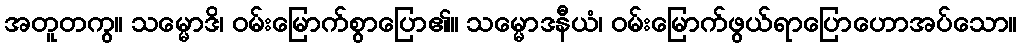
အတူတကွ။ သမ္မောဒိ၊ ဝမ်းမြောက်စွာပြော၏။ သမ္မောဒနီယံ၊ ဝမ်းမြောက်ဖွယ်ရာပြောဟောအပ်သော။